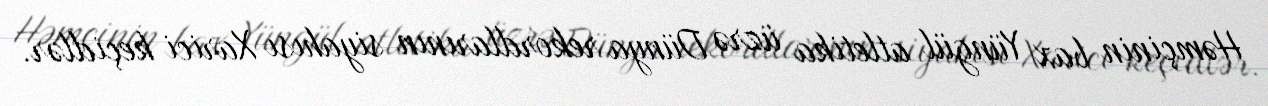
Həmçinin bax Yüngül atletika üzrə Dünya rekordlarının siyahısı Xarici keçidlər.